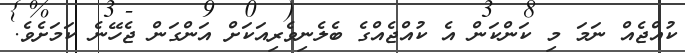
ކުއްޖެއް ނަމަ މި ކަންކަން އެ ކުއްޖެއްގެ ބެލެނިވެރިއަކަށް އަންގަން ޖެހޭނެ ކަމަށެވެ.